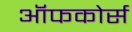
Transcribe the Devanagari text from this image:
ऑफकोर्स